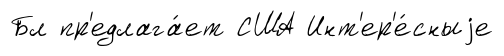
Бл пр'едлага́ет США Инт'ер'е́сныjе